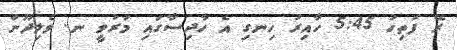
ރޭ ފަތިހު 5:45 ހާއިރު ހިނގި އެ ހާދިސާގައި މަރުވީ ނ. ވެލިދޫން